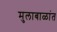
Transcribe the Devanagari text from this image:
मुलाबाळांत